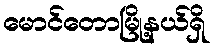
မောင်တောမြို့နယ်ရှိ